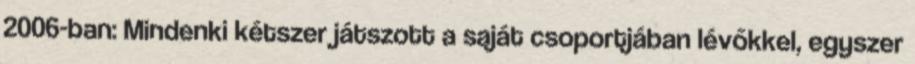
2006-ban: Mindenki kétszer játszott a saját csoportjában lévőkkel, egyszer